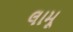
લામૂ